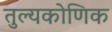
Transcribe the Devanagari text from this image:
तुल्यकोणिक